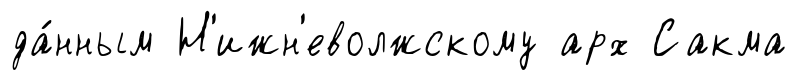
да́нным Н'ижн'еволжскому арх Сакма